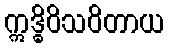
ဣဒ္ဓိဝိသဝိတာယ